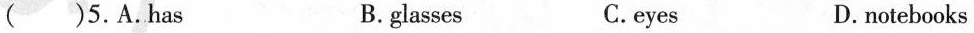
( )5.A.Has B. glasses C.eyes D.notebooks